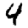
Digit: 4